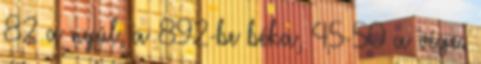
82 a nyúl, a 892-be béka, 45-50 a vége.